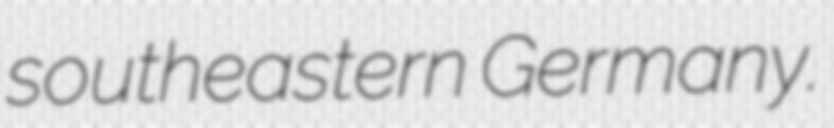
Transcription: southeastern Germany.